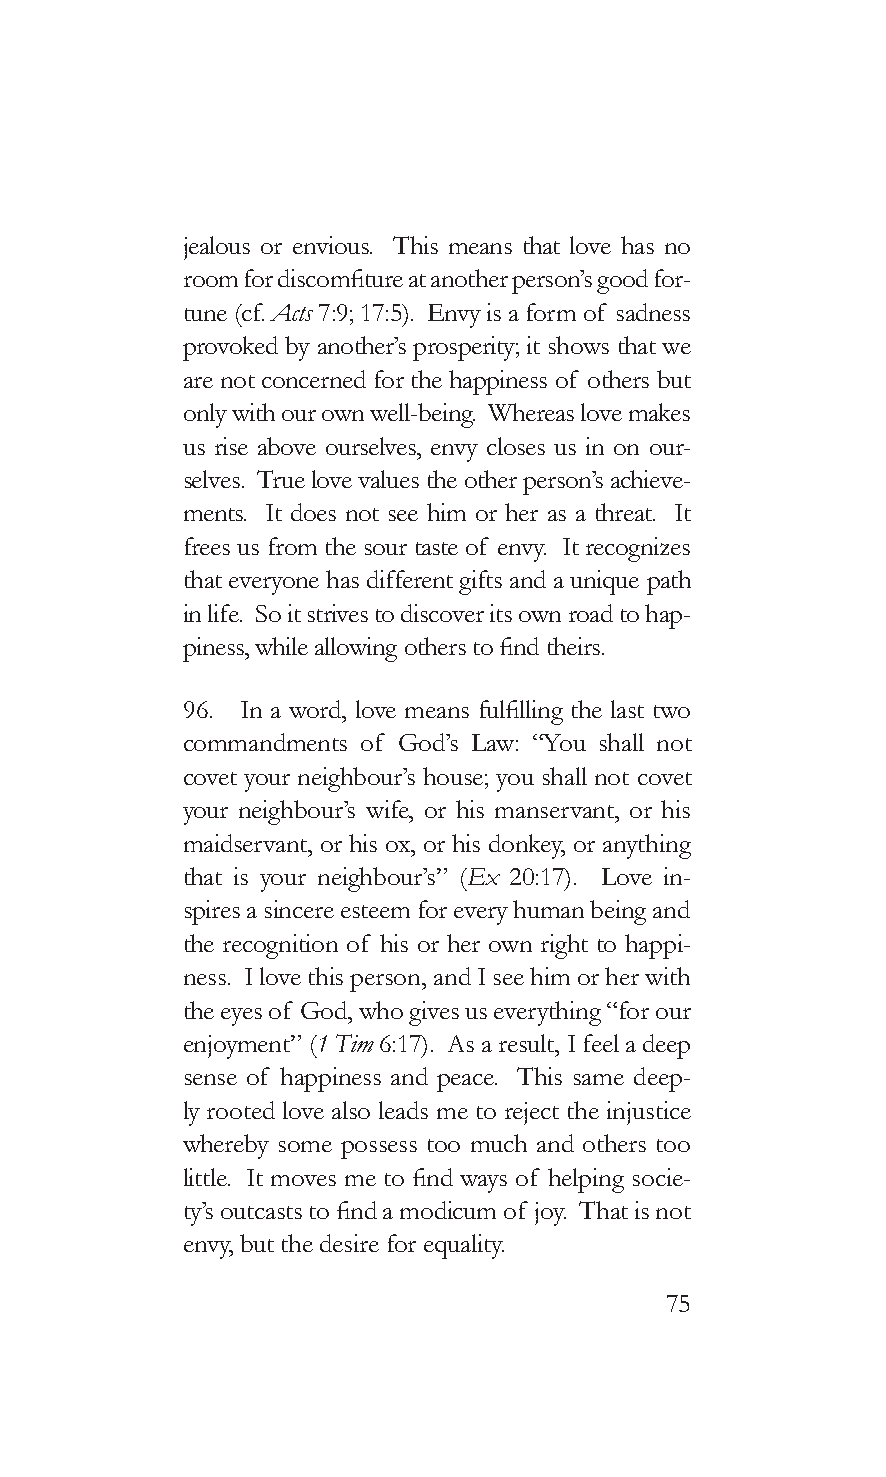
jealous or envious. This means that love has no
 room for discomfiture at another person’s good for-
 tune (cf. Acts 7:9; 17:5). Envy is a form of sadness
 provoked by another’s prosperity; it shows that we
 are not concerned for the happiness of others but
 only with our own well-being. Whereas love makes
 us rise above ourselves, envy closes us in on our-
 selves. True love values the other person’s achieve-
 ments. It does not see him or her as a threat. It
 frees us from the sour taste of envy. It recognizes
 that everyone has different gifts and a unique path
 in life. So it strives to discover its own road to hap-
 piness, while allowing others to find theirs.
 96. In a word, love means fulfilling the last two
 commandments of God’s Law: “You shall not
 covet your neighbour’s house; you shall not covet
 your neighbour’s wife, or his manservant, or his
 maidservant, or his ox, or his donkey, or anything
 that is your neighbour’s” (Ex 20:17). Love in-
 spires a sincere esteem for every human being and
 the recognition of his or her own right to happi-
 ness. I love this person, and I see him or her with
 the eyes of God, who gives us everything “for our
 enjoyment” (1 Tim 6:17). As a result, I feel a deep
 sense of happiness and peace. This same deep-
 ly rooted love also leads me to reject the injustice
 whereby some possess too much and others too
 little. It moves me to find ways of helping socie-
 ty’s outcasts to find a modicum of joy. That is not
 envy, but the desire for equality.
 75